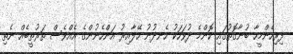
ފިރިހެންމީހާ ބުނާގޮތުގައި ކޮންމެ ދުވަހަކު ހެނދުނު ހޭލާއިރު އަންހެނުންގެ އެއްވެސް ތަރުތީބެއް ނެތި